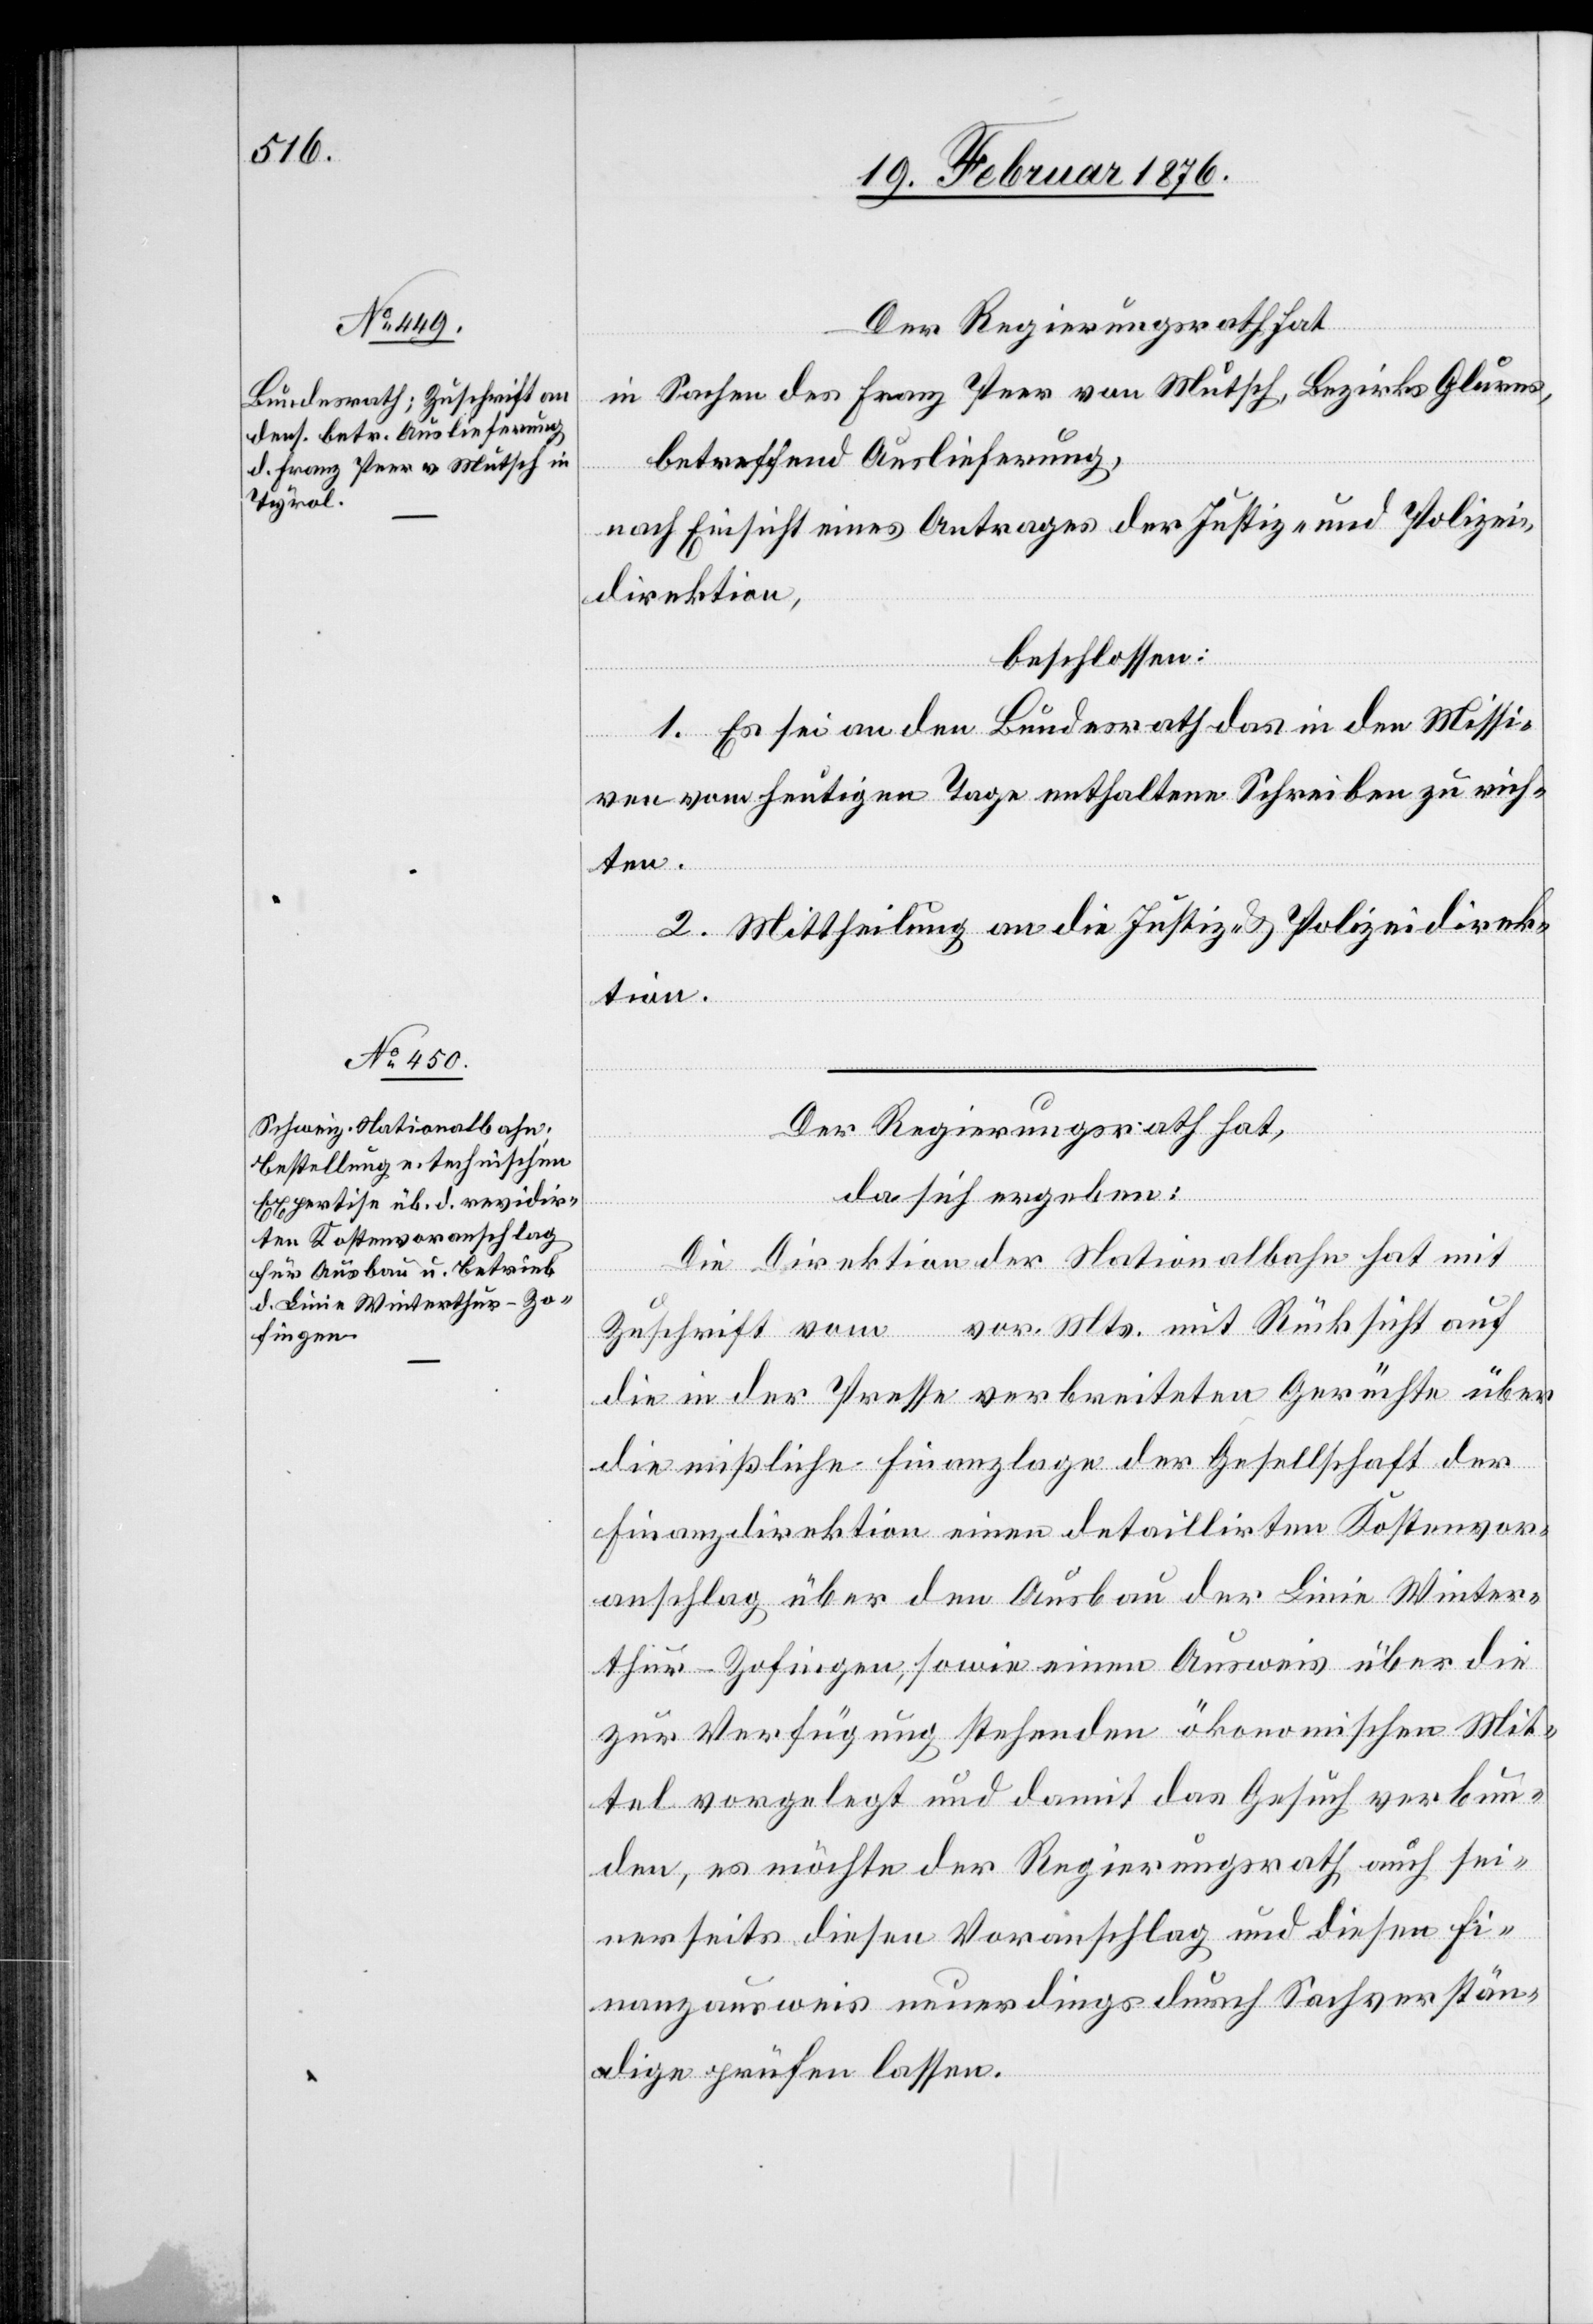
Der Regierungsrath hat
in Sachen des Franz Peer von Mutsch, Bezirks Glarus,
betreffend Auslieferung,
nach Einsicht eines Antrages der Justiz- und Polizei¬
direktion,
beschlossen:
1. Es sei an den Bundesrath das in den Missi¬
ven vom heutigen Tage enthaltene Schreiben zu rich¬
ten.
2. Mittheilung an die Justiz- & Polizeidirek¬
tion.
Der Regierungsrath hat,
da sich ergeben:
Die Direktion der Nationalbahn hat mit
Zuschrift vor. Mts. mit Rücksicht auf
die in der Presse verbreiteten Gerüchte über
die mißliche Finanzlage der Gesellschaft der
Finanzdirektion einen detaillirten Kostenvor¬
anschlag über den Ausbau der Linie Winter¬
thur–Zofingen, sowie einen Ausweis über die
zur Verfügung stehenden ökonomischen Mit¬
tel vorgelegt und damit das Gesuch verbun¬
den, es möchte der Regierungsrath auch sei¬
nerseits diesen Voranschlag und diesen Fi¬
nanzausweis neuerdings durch Sachverstän¬
dige prüfen lassen.